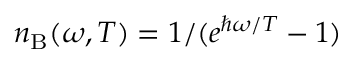
n _ { \mathrm { B } } ( \omega , T ) = 1 / ( e ^ { \hbar \omega / T } - 1 )